Report on vaccination in the Province of Bengal - 1874-1889
Year: 1874
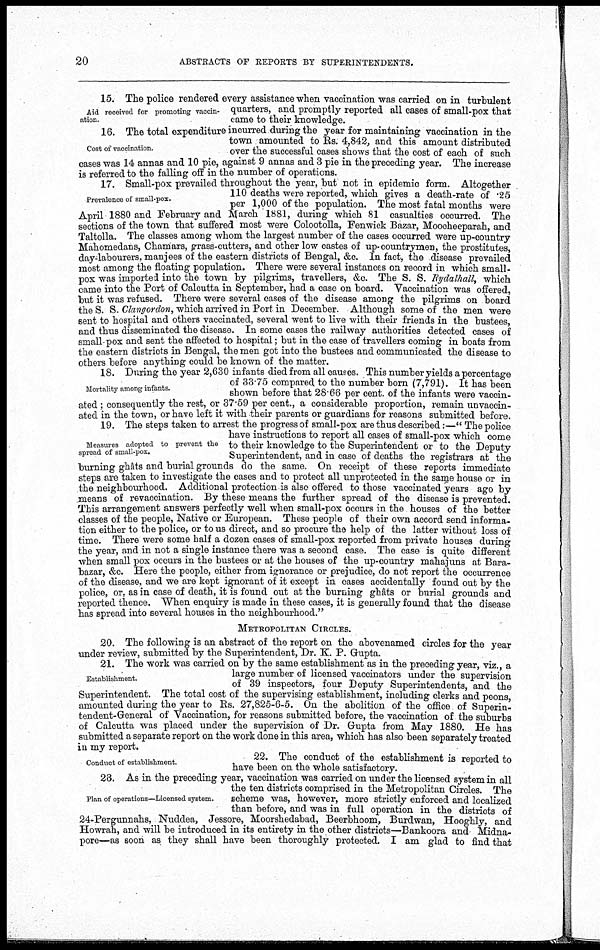
20
ABSTRACTS OF REPORTS BY SUPERINTENDENTS.
Aid received for promoting vaccin-
ation.
15. The police rendered every assistance when vaccination was carried on in turbulent
quarters, and promptly reported all cases of small-pox that
came to their knowledge.
Cost of vaccination.
16. The total expenditure incurred during the year for maintaining vaccination in the
town amounted to Rs. 4,842, and this amount distributed
over the successful cases shows that the cost of each of such
cases was 14 annas and 10 pie, against 9 annas and 3 pie in the preceding year. The increase
is referred to the falling off in the number of operations.
Prevalence of small-pox.
17. Small-pox prevailed throughout the year, but not in epidemic form. Altogether
110 deaths were reported, which gives a death-rate of .25
per 1,000 of the population. The most fatal months were
April 1880 and February and March 1881, during which 81 casualties occurred. The
sections of the town that suffered most were Colootolla, Fenwick Bazar, Moocheeparah, and
Taltolla. The classes among whom the largest number of the cases occurred were up-country
Mahomedans, Chamars, grass-cutters, and other low castes of up-countrymen, the prostitutes,
day-labourers, manjees of the eastern districts of Bengal, &c. In fact, the disease prevailed
most among the floating population. There were several instances on record in which small-
pox was imported into the town by pilgrims, travellers, &c. The S. S. Rydalhall, which
came into the Port of Calcutta in September, had a case on board. Vaccination was offered,
but it was refused. There were several cases of the disease among the pilgrims on board
the S. S. Clangordon, which arrived in Port in December. Although some of the men were
sent to hospital and others vaccinated, several went to live with their friends in the bustees,
and thus disseminated the disease. In some cases the railway authorities detected cases of
small-pox and sent the affected to hospital; but in the case of travellers coming in boats from
the eastern districts in Bengal, the men got into the bustees and communicated the disease to
others before anything could be known of the matter.
Mortality among infants.
18. During the year 2,630 infants died from all causes. This number yields a percentage
of 33.75 compared to the number born (7,791). It has been
shown before that 28.66 per cent. of the infants were vaccin-
ated ; consequently the rest, or 37.59 per cent., a considerable proportion, remain unvaccin-
ated in the town, or have left it with their parents or guardians for reasons submitted before.
Measures adopted to prevent the
spread of small-pox.
19. The steps taken to arrest the progress of small-pox are thus described:—" The police
have instructions to report all cases of small-pox which come
to their knowledge to the Superintendent or to the Deputy
Superintendent, and in case of deaths the registrars at the
burning ghâts and burial grounds do the same. On receipt of these reports immediate
steps are taken to investigate the cases and to protect all unprotected in the same house or in
the neighbourhood. Additional protection is also offered to those vaccinated years ago by
means of revaccination. By these means the further spread of the disease is prevented.
This arrangement answers perfectly well when small-pox occurs in the houses of the better
classes of the people, Native or European. These people of their own accord send informa-
tion either to the police, or to us direct, and so procure the help of the latter without loss of
time. There were some half a dozen cases of small-pox reported from private houses during
the year, and in not a single instance there was a second case. The case is quite different
when small pox occurs in the bustees or at the houses of the up-country mahajuns at Bara-
bazar, &c. Here the people, either from ignorance or prejudice, do not report the occurrence
of the disease, and we are kept ignorant of it except in cases accidentally found out by the
police, or. as in case of death, it is found out at the burning ghâts or burial grounds and
reported thence. When enquiry is made in these cases, it is generally found that the disease
has spread into several houses in the neighbourhood."
METROPOLITAN CIRCLES.
20. The following is an abstract of the report on the abovenamed circles for the year
under review, submitted by the Superintendent, Dr. K. P. Gupta.
Establishment.
21. The work was carried on by the same establishment as in the preceding year, viz., a
large number of licensed vaccinators under the supervision
of 39 inspectors, four Deputy Superintendents, and the
Superintendent. The total cost of the supervising establishment, including clerks and peons,
amounted during the year to Rs. 27,825-6-5. On the abolition of the office of Superin-
tendent-General of Vaccination, for reasons submitted before, the vaccination of the suburbs
of Calcutta was placed under the supervision of Dr. Gupta from May 1880. He has
submitted a separate report on the work done in this area, which has also been separately treated
in my report.
Conduct of establishment.
22. The conduct of the establishment is reported to
have been on the whole satisfactory.
Plan of operations—Licensed system.
23. As in the preceding year, vaccination was carried on under the licensed system in all
the ten districts comprised in the Metropolitan Circles. The
scheme was, however, more strictly enforced and localized
than before, and was in full operation in the districts of
24-Pergunnahs, Nuddea, Jessore, Moorshedabad, Beerbhoom, Burdwan, Hooghly, and
Howrah, and will be introduced in its entirety in the other districts—Bankoora and Midna-
pore—as soon as they shall have been thoroughly protected. I am glad to find that